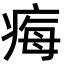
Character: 痗